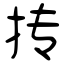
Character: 抟